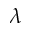
\lambda